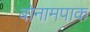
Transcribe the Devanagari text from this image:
बोनामपाक